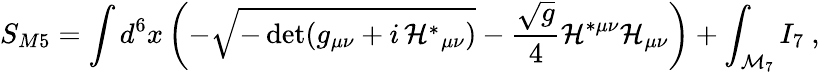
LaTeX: S_{M5}=\int d^{6}x\left(-\sqrt{-\operatorname*{det}(g_{\mu\nu}+i\, {\cal H}^{*}{}_{\mu\nu})}-\frac{\sqrt{g}}4{\cal H}^{*\mu\nu}{\cal H}_{\mu\nu}\right)+\int_{{\cal M}_{7}}I_{7}\ ,